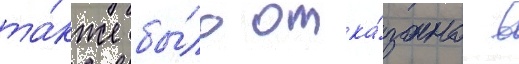
та́кже бы́ло отка́зано в